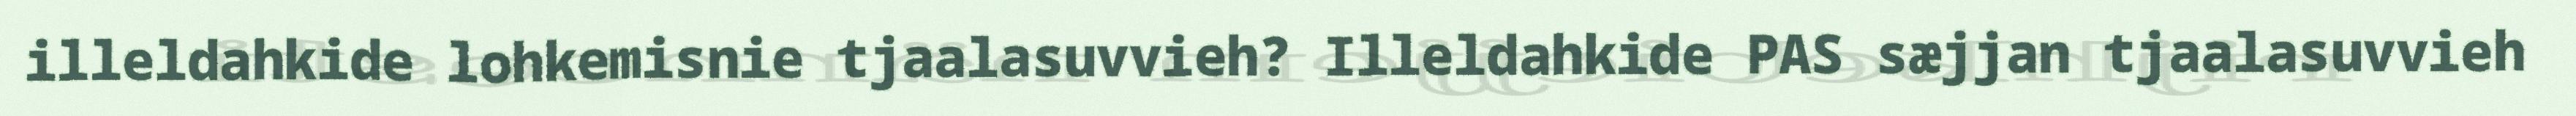
illeldahkide lohkemisnie tjaalasuvvieh? Illeldahkide PAS sæjjan tjaalasuvvieh